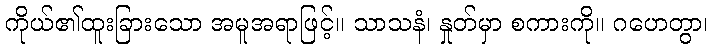
ကိုယ်၏ထူးခြားသော အမူအရာဖြင့်။ သာသနံ၊ နှုတ်မှာ စကားကို။ ဂဟေတွာ၊